Medical and sanitary report on the native army of Bombay for the year
Year: 1877
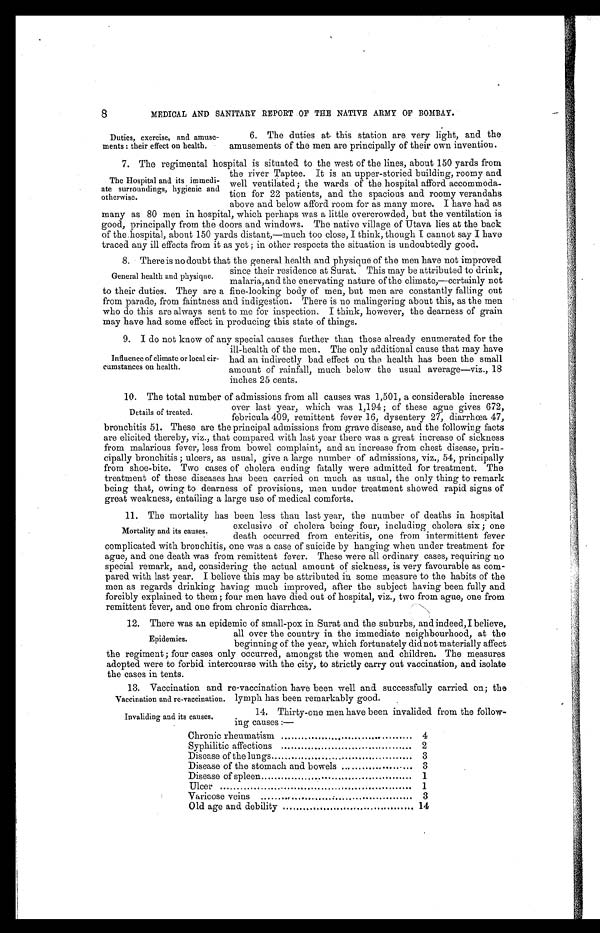
8
MEDICAL AND SANITARY REPORT OF THE NATIVE ARMY OF BOMBAY.
Duties, exercise, and amuse-
ments: their effect on health.
6. The duties at this station are very light, and the
amusements of the men are principally of their own invention.
7 . T h e r e g i m e n t a l h o s p i t a l i s s i t u a t e d t o t h e w e s t o f t h e l i n e s , a b o u t 1 5 0 y a r d s f r o m
the river Taptee. It is an upper-storied building, roomy and
well ventilated; the wards of the hospital afford accommoda-
tion for 22 patients, and the spacious and roomy verandahs
above and below afford room for as many more. I have had as
many as 80 men in hospital, which perhaps was a little overcrowded, but the ventilation is
good, principally from the doors and windows. The native village of Utava lies at the back
of the.hospital, about 150 yards distant,—much too close, I think, though I cannot say I have
traced any ill effects from it as yet ; in other respects the situation is undoubtedly good.
8. There is no doubt that the general health and physique of the men have not improved
since their residence at Surat. This may be attributed to drink,
malaria, and the enervating nature of the climate,—certainly not
to their duties. They are a fine-looking body of men, but men are constantly falling out
from parade, from faintness and indigestion. There is no malingering about this, as the men
who do this are always sent to me for inspection. I think, however, the dearness of grain
may have had some e ffect in producing this state of things.
9 . I
d o n o t k n o w o f a n y s p e c i a l c a u s e s f u r t h e r t h a n t h o s e a l r e a d y e n u m e r a t e d f o r t h e
ill-health of the men. The only additional cause that may have
had an indirectly bad effect on the health has been the small
amount of rainfall, much below the usual average—viz., 18
inches 25 cents.
10. The total number of admissions from all causes was 1,501, a considerable increase
over last year, which was 1,194 ; of these ague gives 672,
febricula 409, remittent fever 16, dysentery 27, diarrhœa 47,
bronchitis 51. These are the principal admissions from grave disease, and the following facts
are elicited thereby, viz., that compared with last year there was a great increase of sickness
from malarious fever, less from bowel complaint, and an increase from chest disease, prin-
cipally bronchitis ; ulcers, as usual, give a large number of admissions, viz., 54, principally
from shoe-bite. Two cases of cholera ending fatally were admitted for treatment. The
treatment of these diseases has been carried on much as usual, the only thing to remark
being that, owing to dearness of provisions, men under treatment showed rapid signs of
great weakness, entailing a large use of medical comforts.
11. The mortality has been less than last year, the number of deaths in hospital
exclusive of cholera being four, including cholera six ; one
death occurred from enteritis, one from intermittent fever
complicated with bronchitis, one was a case of suicide by hanging when under treatment for
ague, and one death was from remittent fever. These were all ordinary cases, requiring no
special remark, and, considering the actual amount of sickness, is very favourable as com-
pared with last year. I believe this may be attributed in some measure to the habits of the
men as regards drinking having much improved, after the subject having been fully and
forcibly explained to them ; four men have died out of hospital, viz., two from ague, one from
remittent fever, and one from chronic diarrhœa.
12. There was an epidemic of small-pox in Surat and the suburbs, and indeed, I believe,
all over the country in the immediate neighbourhood, at the
beginning of the year, which fortunately did not materially affect
the regiment; four cases only occurred, amongst the women and children. The measures
adopted were to forbid intercourse with the city, to strictly carry out vaccination, and isolate
the cases in tents.
13. Vaccination and re-vaccination have been well and successfully carried on; the
lymph has been remarkably good.
The Hospital and its immedi-
ate surroundings, hygienic and
otherwise.
General health and physique.
Influence of climate or local cir-
cumstances on health.
Details of treated.
Mortality and its causes.
Epidemics.
Vaccination and re-vaccination.
Invaliding and its causes.
14. Thirty-one men have been invalided from the follow-
ing causes :—
Chronic rheumatism
..
4
Syphilitic affections
2
Disease of the lungs
3
Disease of the stomach and bowels ...
... 3
Disease of spleen
1
Ulcer
1
Varicose veins
...
3
Old age and debility
14